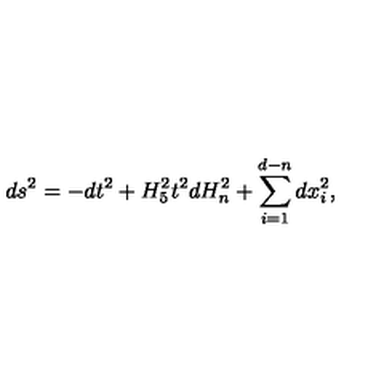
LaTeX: d s ^ { 2 } = - d t ^ { 2 } + H _ { 5 } ^ { 2 } t ^ { 2 } d H _ { n } ^ { 2 } + \sum _ { i = 1 } ^ { d - n } d x _ { i } ^ { 2 } ,